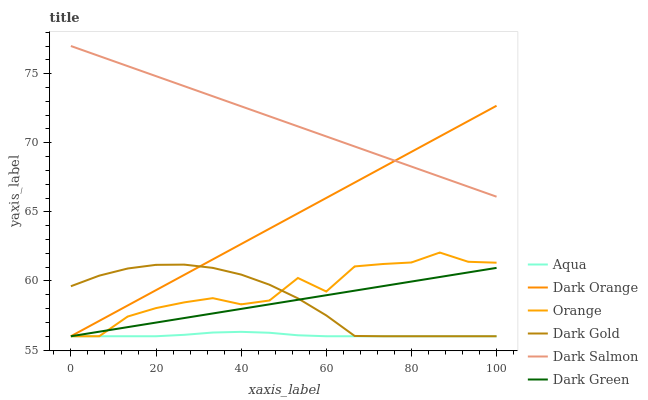
| xaxis_label | Aqua | Dark Orange | Orange | Dark Gold | Dark Salmon | Dark Green |
 | --- | --- | --- | --- | --- | --- | --- |
 | 0 | 56 | 56 | 56 | 59.6 | 77 | 56 |
 | 6.67 | 56 | 57.1 | 56 | 60.4 | 76.3 | 56.3 |
 | 13.3 | 56 | 58.2 | 57.4 | 60.9 | 75.5 | 56.7 |
 | 20 | 56 | 59.3 | 58 | 61.2 | 74.8 | 57 |
 | 26.7 | 56.1 | 60.4 | 58.5 | 61.2 | 74.1 | 57.3 |
 | 33.3 | 56.3 | 61.6 | 58.8 | 60.9 | 73.4 | 57.6 |
 | 40 | 56.3 | 62.7 | 58.3 | 60.5 | 72.6 | 58 |
 | 46.7 | 56.3 | 63.8 | 58.6 | 59.7 | 71.9 | 58.3 |
 | 53.3 | 56.1 | 64.9 | 60.2 | 58.7 | 71.2 | 58.6 |
 | 60 | 56 | 66 | 59.2 | 57.5 | 70.5 | 59 |
 | 66.7 | 56 | 67.1 | 61.1 | 56 | 69.7 | 59.3 |
 | 73.3 | 56 | 68.2 | 61.2 | 56 | 69 | 59.6 |
 | 80 | 56 | 69.3 | 61.3 | 56 | 68.3 | 60 |
 | 86.7 | 56 | 70.5 | 62.1 | 56 | 67.6 | 60.3 |
 | 93.3 | 56 | 71.6 | 61.4 | 56 | 66.8 | 60.6 |
 | 100 | 56 | 72.7 | 61.3 | 56 | 66.1 | 60.9 |